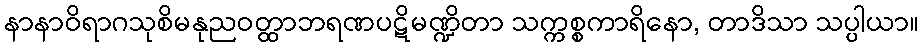
နာနာဝိရာဂသုစိမနုညဝတ္ထာဘရဏပဋိမဏ္ဍိတာ သက္ကစ္စကာရိနော, တာဒိသာ သပ္ပါယာ။